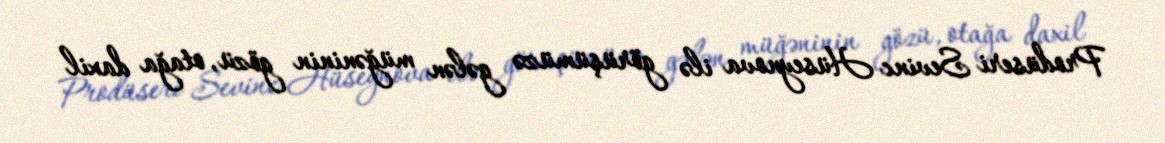
Prodüseri Sevinc Hüseynova ilə görüşümüzə gələn müğəninin gözü, otağa daxil